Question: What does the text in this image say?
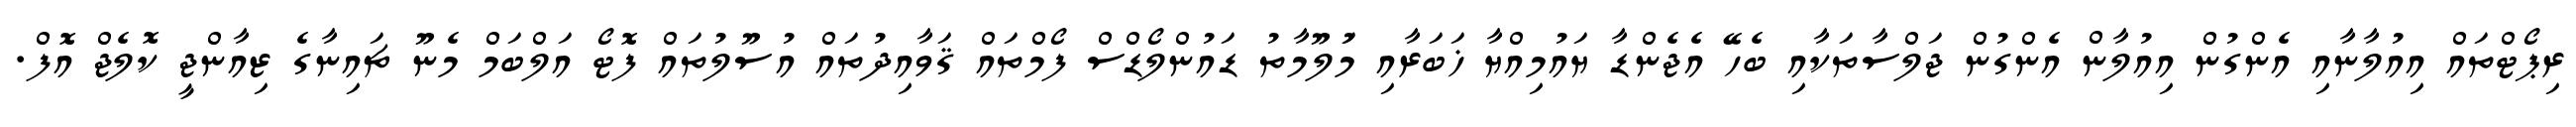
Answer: ރިޕޯޓްތައް އިއުލާނާއި އެންގުން އިއުލާން އެންގުން ޖަލްސާތަކާއި ބެހޭ އެޖެންޑާ ޔައުމިއްޔާ ޚަބަރާއި މަުލޫމާތު ޑައުންލޯޑްސް ފޯމްތައް ޤަވާއިދުތައް އުސޫލުތައް ފޮޓޯ އަލްބަމް މެނޫ ޗައިނާގެ ޒިއާންޖީ ކޮލެޖް އޮފް.